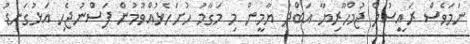
ނަމަވެސް ރައީސުލް ޖުމްހޫރިޔާ އަބްދު ޔާމީން މި މަގާމު ހުށަހެޅުއްވުމުން ފަސްނުޖެހި އަޅުގަނޑު